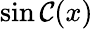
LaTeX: \operatorname{sin\mathcal{C}}(x)